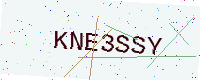
Text: KNE3SSY